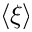
\langle \xi \rangle